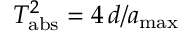
T _ { \mathrm { a b s } } ^ { 2 } = 4 \, d / a _ { \mathrm { m a x } }